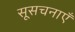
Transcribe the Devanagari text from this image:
सूसचनाएँ